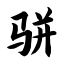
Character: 骈